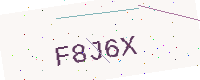
Text: F8J6X